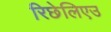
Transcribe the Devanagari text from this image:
रिछेलिएउ